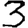
Digit: 3